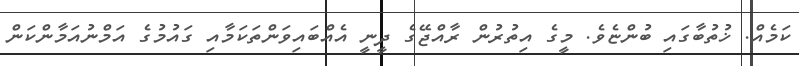
ކަމެއް. ޚުތުބާގައި ބުންޏެވެ. މީގެ އިތުރުން ރާއްޖޭގެ ދީނީ އެއްބައިވަންތަކަމާއި ގައުމުގެ އަމްނުއަމާންކަން